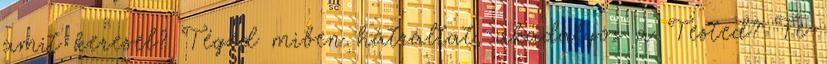
amit keresel? Téged miben hátráltat, akadályoz a Tested? Te